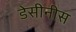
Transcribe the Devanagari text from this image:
डेसीनीस